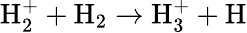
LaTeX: \textrm{H}_{2}^{+}+\textrm{H}_{2}\rightarrow\textrm{H}_{3}^{+}+\textrm{H}